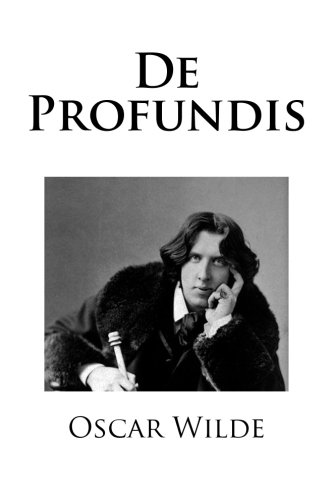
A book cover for De Profundis; Oscar Wilde; Literature & Fiction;